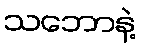
သဘောနဲ့